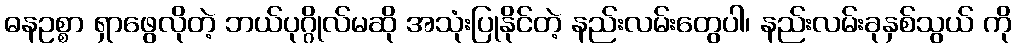
ဓနဥစ္စာ ရှာဖွေလိုတဲ့ ဘယ်ပုဂ္ဂိုလ်မဆို အသုံးပြုနိုင်တဲ့ နည်းလမ်းတွေပါ၊ နည်းလမ်းခုနှစ်သွယ် ကို